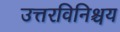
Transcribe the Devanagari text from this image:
उत्तरविनिश्चय